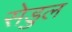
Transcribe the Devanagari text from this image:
सेडुल